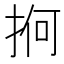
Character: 𢬲